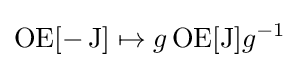
\operatorname {OE} [-\operatorname {J} ]\mapsto g\operatorname {OE} [\operatorname {J} ]g^{-1}